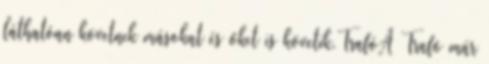
láthatóan követnek másokat és őket is követik.TrafóA Trafó már